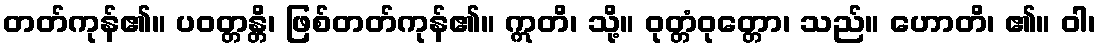
တတ်ကုန်၏။ ပဝတ္တန္တိ၊ ဖြစ်တတ်ကုန်၏။ ဣတိ၊ သို့။ ဝုတ္တံဝုတ္တော၊ သည်။ ဟောတိ၊ ၏။ ဝါ၊